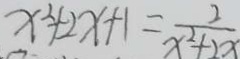
x ^ { 2 } + 2 x + 1 = \frac { 2 } { x ^ { 2 } + 2 x }